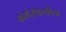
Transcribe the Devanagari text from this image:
कोमोरॉफ्स्कीना